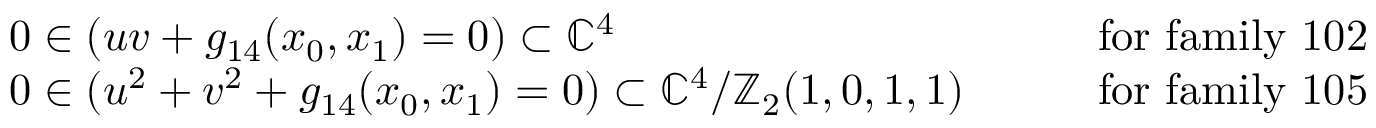
\begin{array} { r l r } & { 0 \in ( u v + g _ { 1 4 } ( x _ { 0 } , x _ { 1 } ) = 0 ) \subset \mathbb { C } ^ { 4 } \qquad } & { \mathrm { f o r ~ f a m i l y ~ 1 0 2 } } \\ & { 0 \in ( u ^ { 2 } + v ^ { 2 } + g _ { 1 4 } ( x _ { 0 } , x _ { 1 } ) = 0 ) \subset \mathbb { C } ^ { 4 } / \mathbb { Z } _ { 2 } ( 1 , 0 , 1 , 1 ) \qquad } & { \mathrm { f o r ~ f a m i l y ~ 1 0 5 } } \end{array}